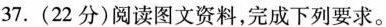
37.(22分)阅读图文资料，完成下列要求。